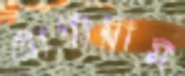
প্রাণায়াম